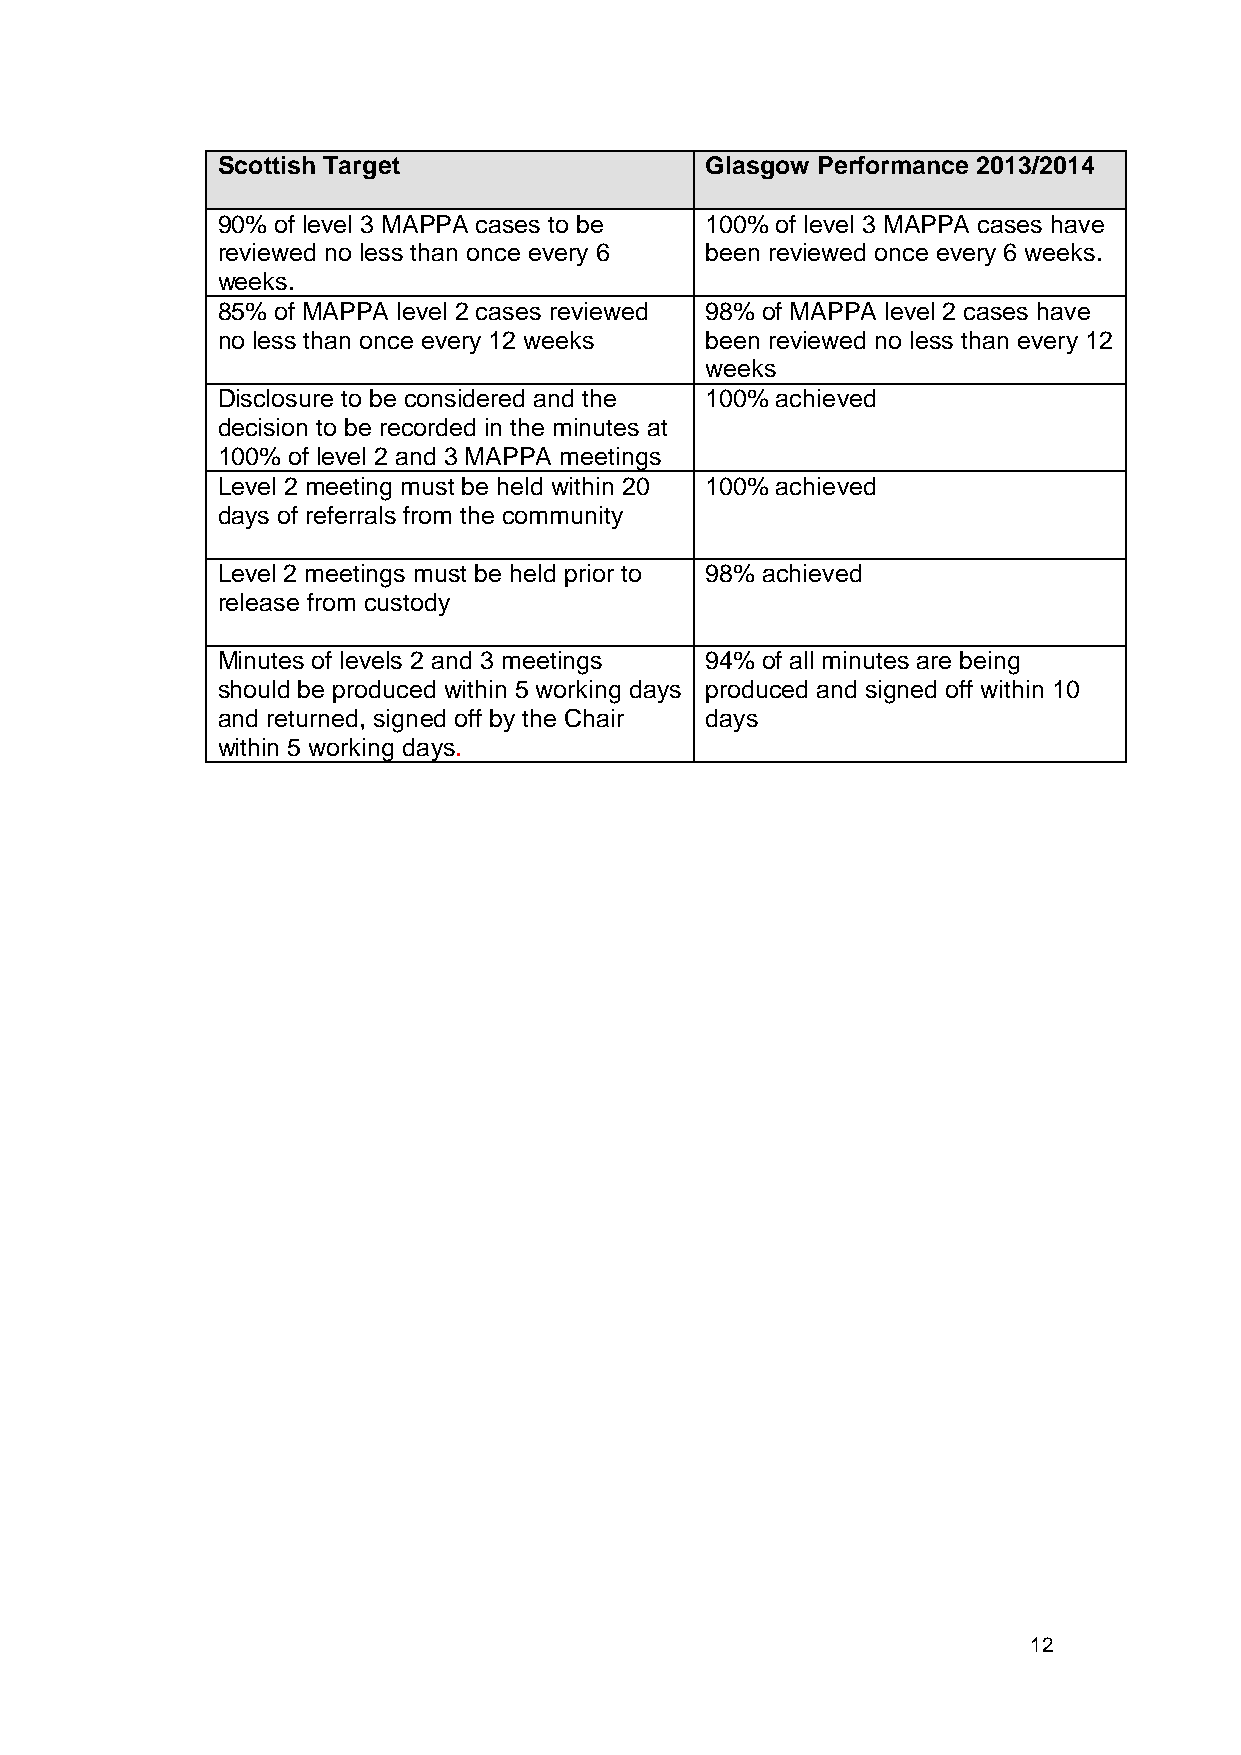
Scottish Target                  Glasgow Performance 2013/2014
 90% of level 3 MAPPA cases to be 100% of level 3 MAPPA cases have
 reviewed no less than once every 6 been reviewed once every 6 weeks.
 weeks.
 85% of MAPPA level 2 cases reviewed 98% of MAPPA level 2 cases have
 no less than once every 12 weeks been reviewed no less than every 12
 weeks
 Disclosure to be considered and the 100% achieved
 decision to be recorded in the minutes at
 100% of level 2 and 3 MAPPA meetings
 Level 2 meeting must be held within 20 100% achieved
 days of referrals from the community
 Level 2 meetings must be held prior to 98% achieved
 release from custody
 Minutes of levels 2 and 3 meetings 94% of all minutes are being
 should be produced within 5 working days produced and signed off within 10
 and returned, signed off by the Chair days
 within 5 working days.
 12